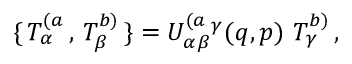
\{ \, T _ { \alpha } ^ { ( a } \, , \, T _ { \beta } ^ { b ) } \, \} = U _ { \alpha \beta } ^ { ( a } { } ^ { \gamma } ( q , p ) \, \, T _ { \gamma } ^ { b ) } \, ,